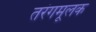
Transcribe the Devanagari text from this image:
तरंगमूलक